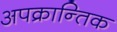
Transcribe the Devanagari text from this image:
अपक्रान्तिक